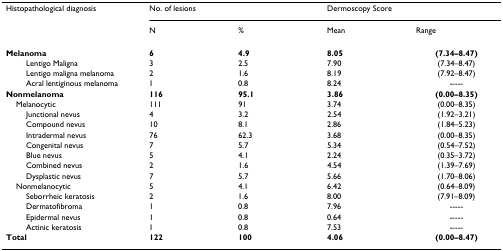
<table><thead><tr><td><b>Histopathological diagnosis</b></td><td colspan="2"><b>No. of lesions</b></td><td colspan="2"><b>Dermoscopy Score</b></td></tr><tr><td>[EMPTY_CELL]</td><td><b>N</b></td><td><b>%</b></td><td><b>Mean</b></td><td><b>Range</b></td></tr></thead><tbody><tr><td><b>Melanoma</b></td><td><b>6</b></td><td><b>4.9</b></td><td><b>8.05</b></td><td><b>(7.34–8.47)</b></td></tr><tr><td>Lentigo Maligna</td><td>3</td><td>2.5</td><td>7.90</td><td>(7.34–8.47)</td></tr><tr><td>Lentigo maligna melanoma</td><td>2</td><td>1.6</td><td>8.19</td><td>(7.92–8.47)</td></tr><tr><td>Acral lentiginous melanoma</td><td>1</td><td>0.8</td><td>8.24</td><td>-----</td></tr><tr><td><b>Nonmelanoma</b></td><td><b>116</b></td><td><b>95.1</b></td><td><b>3.86</b></td><td><b>(0.00–8.35)</b></td></tr><tr><td> Melanocytic</td><td>111</td><td>91</td><td>3.74</td><td>(0.00–8.35)</td></tr><tr><td>Junctional nevus</td><td>4</td><td>3.2</td><td>2.54</td><td>(1.92–3.21)</td></tr><tr><td>Compound nevus</td><td>10</td><td>8.1</td><td>2.86</td><td>(1.84–5.23)</td></tr><tr><td>Intradermal nevus</td><td>76</td><td>62.3</td><td>3.68</td><td>(0.00–8.35)</td></tr><tr><td>Congenital nevus</td><td>7</td><td>5.7</td><td>5.34</td><td>(0.54–7.52)</td></tr><tr><td>Blue nevus</td><td>5</td><td>4.1</td><td>2.24</td><td>(0.35–3.72)</td></tr><tr><td>Combined nevus</td><td>2</td><td>1.6</td><td>4.54</td><td>(1.39–7.69)</td></tr><tr><td>Dysplastic nevus</td><td>7</td><td>5.7</td><td>5.66</td><td>(1.70–8.06)</td></tr><tr><td> Nonmelanocytic</td><td>5</td><td>4.1</td><td>6.42</td><td>(0.64–8.09)</td></tr><tr><td>Seborrheic keratosis</td><td>2</td><td>1.6</td><td>8.00</td><td>(7.91–8.09)</td></tr><tr><td>Dermatofibroma</td><td>1</td><td>0.8</td><td>7.96</td><td>-----</td></tr><tr><td>Epidermal nevus</td><td>1</td><td>0.8</td><td>0.64</td><td>-----</td></tr><tr><td>Actinic keratosis</td><td>1</td><td>0.8</td><td>7.53</td><td>-----</td></tr><tr><td><b>Total</b></td><td><b>122</b></td><td><b>100</b></td><td><b>4.06</b></td><td><b>(0.00–8.47)</b></td></tr></tbody></table>